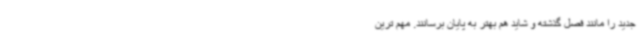
جدید را مانند فصل گذشته و شاید هم بهتر به پایان برسانند. مهم ترین